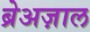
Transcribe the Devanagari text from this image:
ब्रेअज़ाल